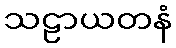
သဠာယတနံ